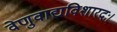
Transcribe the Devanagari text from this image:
वेणुवाद्यविशारदः।